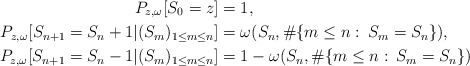
\begin{align*}P_{z,\omega}[S_0=z]&=1,\\P_{z,\omega}[S_{n+1}=S_n+1|(S_m)_{1\leq m\leq n}]&= \omega(S_n,\#\{m\leq n:\: S_m=S_n\}),\\P_{z,\omega}[S_{n+1}=S_n-1|(S_m)_{1\leq m\leq n}]&= 1-\omega(S_n,\#\{m\leq n:\: S_m=S_n\})\end{align*}